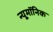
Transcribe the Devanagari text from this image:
न्यूमॉनिक